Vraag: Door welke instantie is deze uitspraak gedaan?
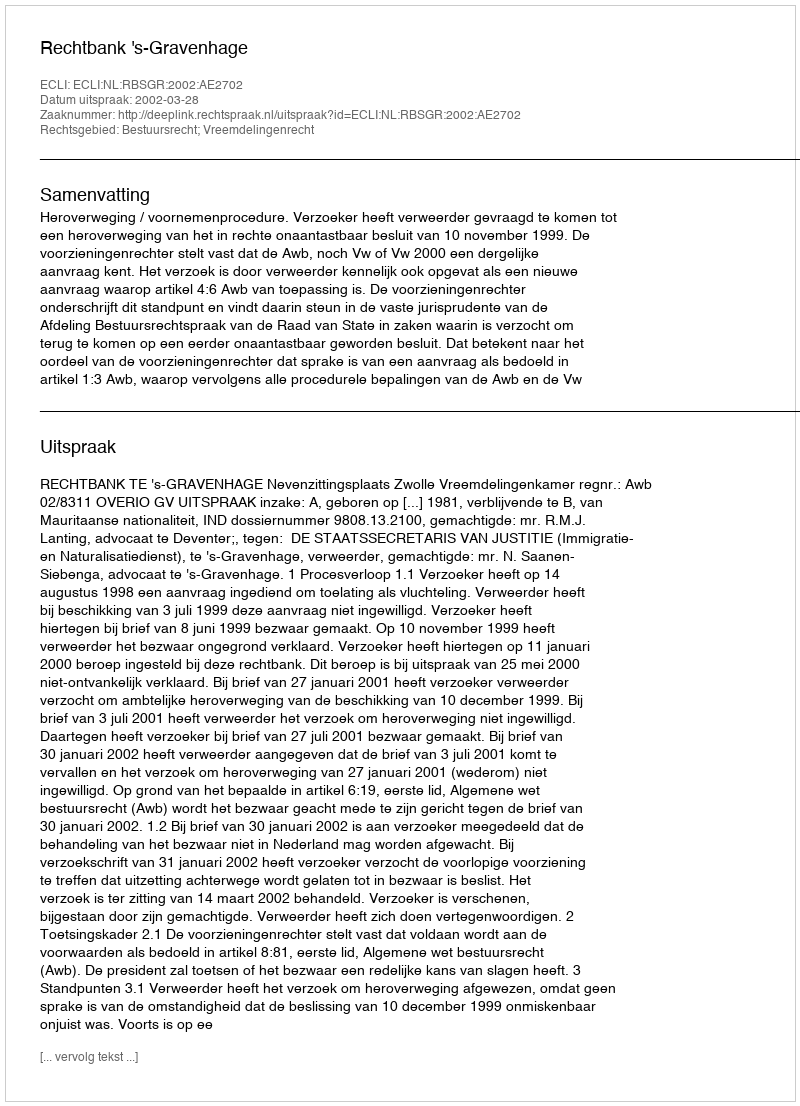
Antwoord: Rechtbank 's-Gravenhage